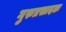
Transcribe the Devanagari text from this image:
गुरुप्रसादतः